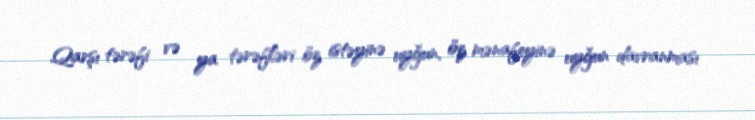
Qarşı tərəfi və ya tərəfləri öz istəyinə uyğun, öz mənafeyinə uyğun davranması